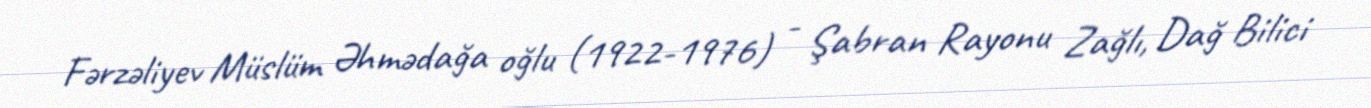
Fərzəliyev Müslüm Əhmədağa oğlu (1922-1976) - Şabran Rayonu Zağlı, Dağ Bilici